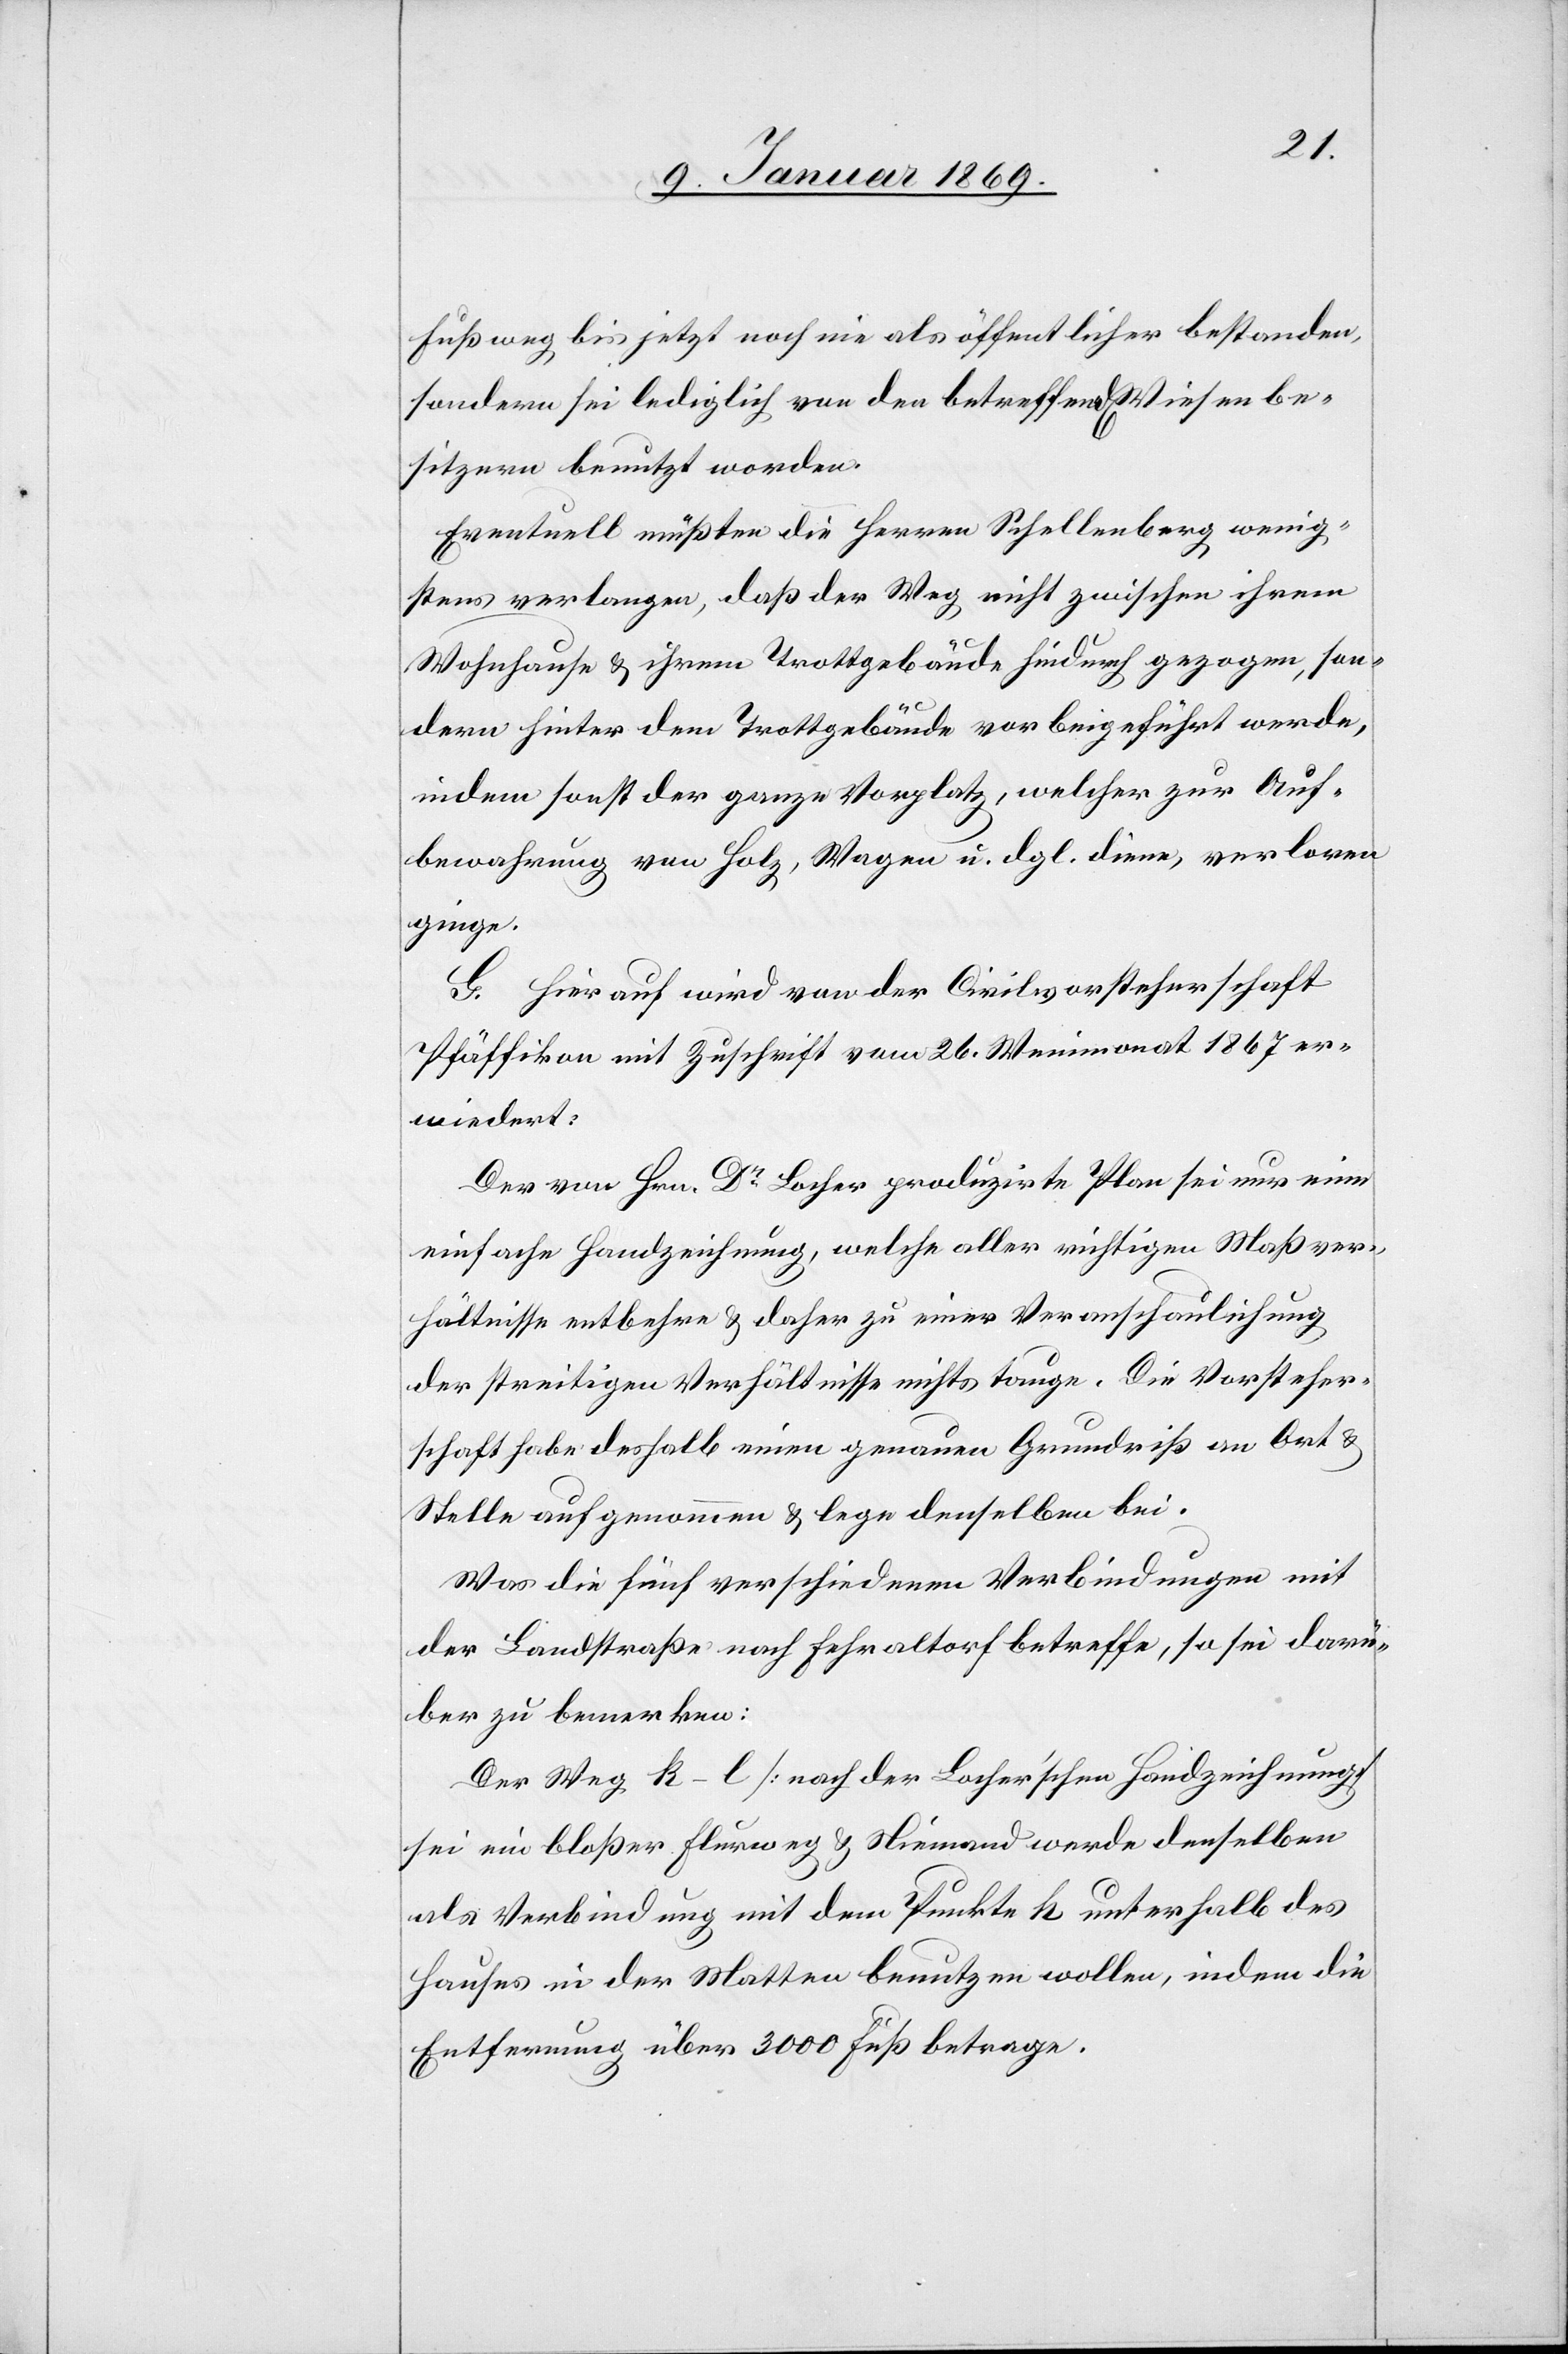
Fußweg bis jetzt noch nie als öffentlicher bestanden,
sondern sei lediglich von den betreffend[en] Wiesenbe¬
sitzern benutzt worden.
Eventuell müßten die Herren Schellenberg wenig¬
stens verlangen, daß der Weg nicht zwischen ihrem
Wohnhause u. ihrem Trottgebäude hindurch gezogen, son¬
dern hinter dem Trottgebäude vorbeigeführt werde,
indem sonst der ganze Vorplatz, welcher zur Auf¬
bewahrung von Holz, Wagen u. dgl. diene, verloren
ginge.
G. Hierauf wird von der Civilvorsteherschaft
Pfäffikon mit Zuschrift vom 26. Weinmonat 1867 er¬
wiedert:
Der von Hrn. Dr Locher produzirte Plan sei nur eine
einfache Handzeichnung, welche aller richtigen Maßver¬
hältnisse entbehre u. daher zu einer Veranschaulichung
der streitigen Verhältnisse nichts tauge. Die Vorsteher¬
schaft habe deshalb einen genauen Grundriss an Ort u.
Stelle aufgenommen u. lege denselben bei.
Was die fünf verschiedenen Verbindungen mit
der Landstraße nach Fehraltorf betreffe, so sei darü¬
ber zu bemerken:
Der Weg k–l [nach der Locher’schen Handzeichnung]
sei ein bloßer Flurweg u. Niemand werde denselben
als Verbindung mit dem Punkte k unterhalb des
Hauses in der Matten benutzen wollen, indem die
Entfernung über 3000 Fuß betrage.